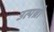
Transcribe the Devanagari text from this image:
उत्पन्नो